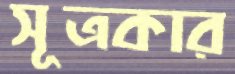
সূত্রকার